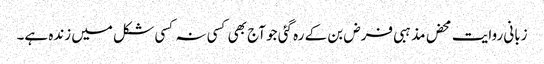
زبانی روایت محض مذہبی فرض بن کے رہ گئی جو آج بھی کسی نہ کسی شکل میں زندہ ہے۔